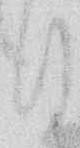
月